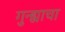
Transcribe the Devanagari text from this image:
गुन्ह्याचा